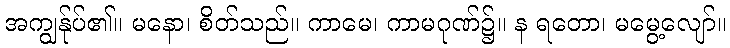
အကျွန်ုပ်၏။ မနော၊ စိတ်သည်။ ကာမေ၊ ကာမဂုဏ်၌။ န ရတော၊ မမွေ့လျော်။